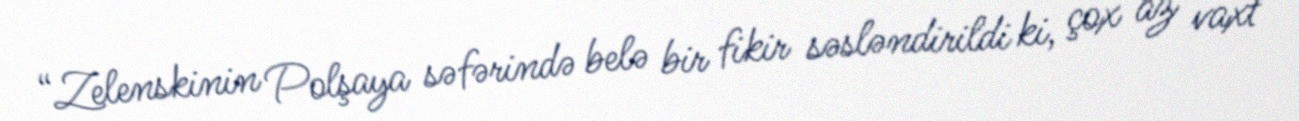
“Zelenskinin Polşaya səfərində belə bir fikir səsləndirildi ki, çox az vaxt